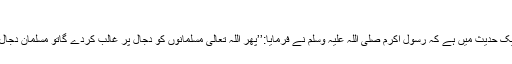
(صحیح مسلم؍2900)
عبداللہ بن عمر رضی اللہ عنہما سے مروی ایک حدیث میں ہے کہ رسول اکرم صلی اللہ علیہ وسلم نے فرمایا:’’پھر اللہ تعالیٰ مسلمانوں کو دجال پر غالب کردے گاتو مسلمان دجال اور اس کے ہمنواؤں کو قتل کریں گے….‘‘۔